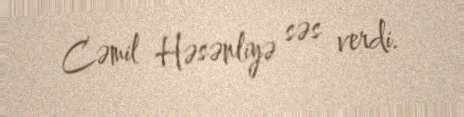
Cəmil Həsənliyə səs verdi.